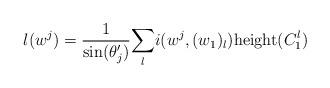
LaTeX: \begin{align*} l(w^j) = \frac{1}{\mathrm{sin}(\theta_j')}\underset{l}\sum i(w^j,(w_1)_l)\mathrm{height}(C_1^l)\end{align*}